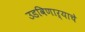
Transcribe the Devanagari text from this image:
उडविणाऱ्याचे